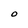
Character: 0